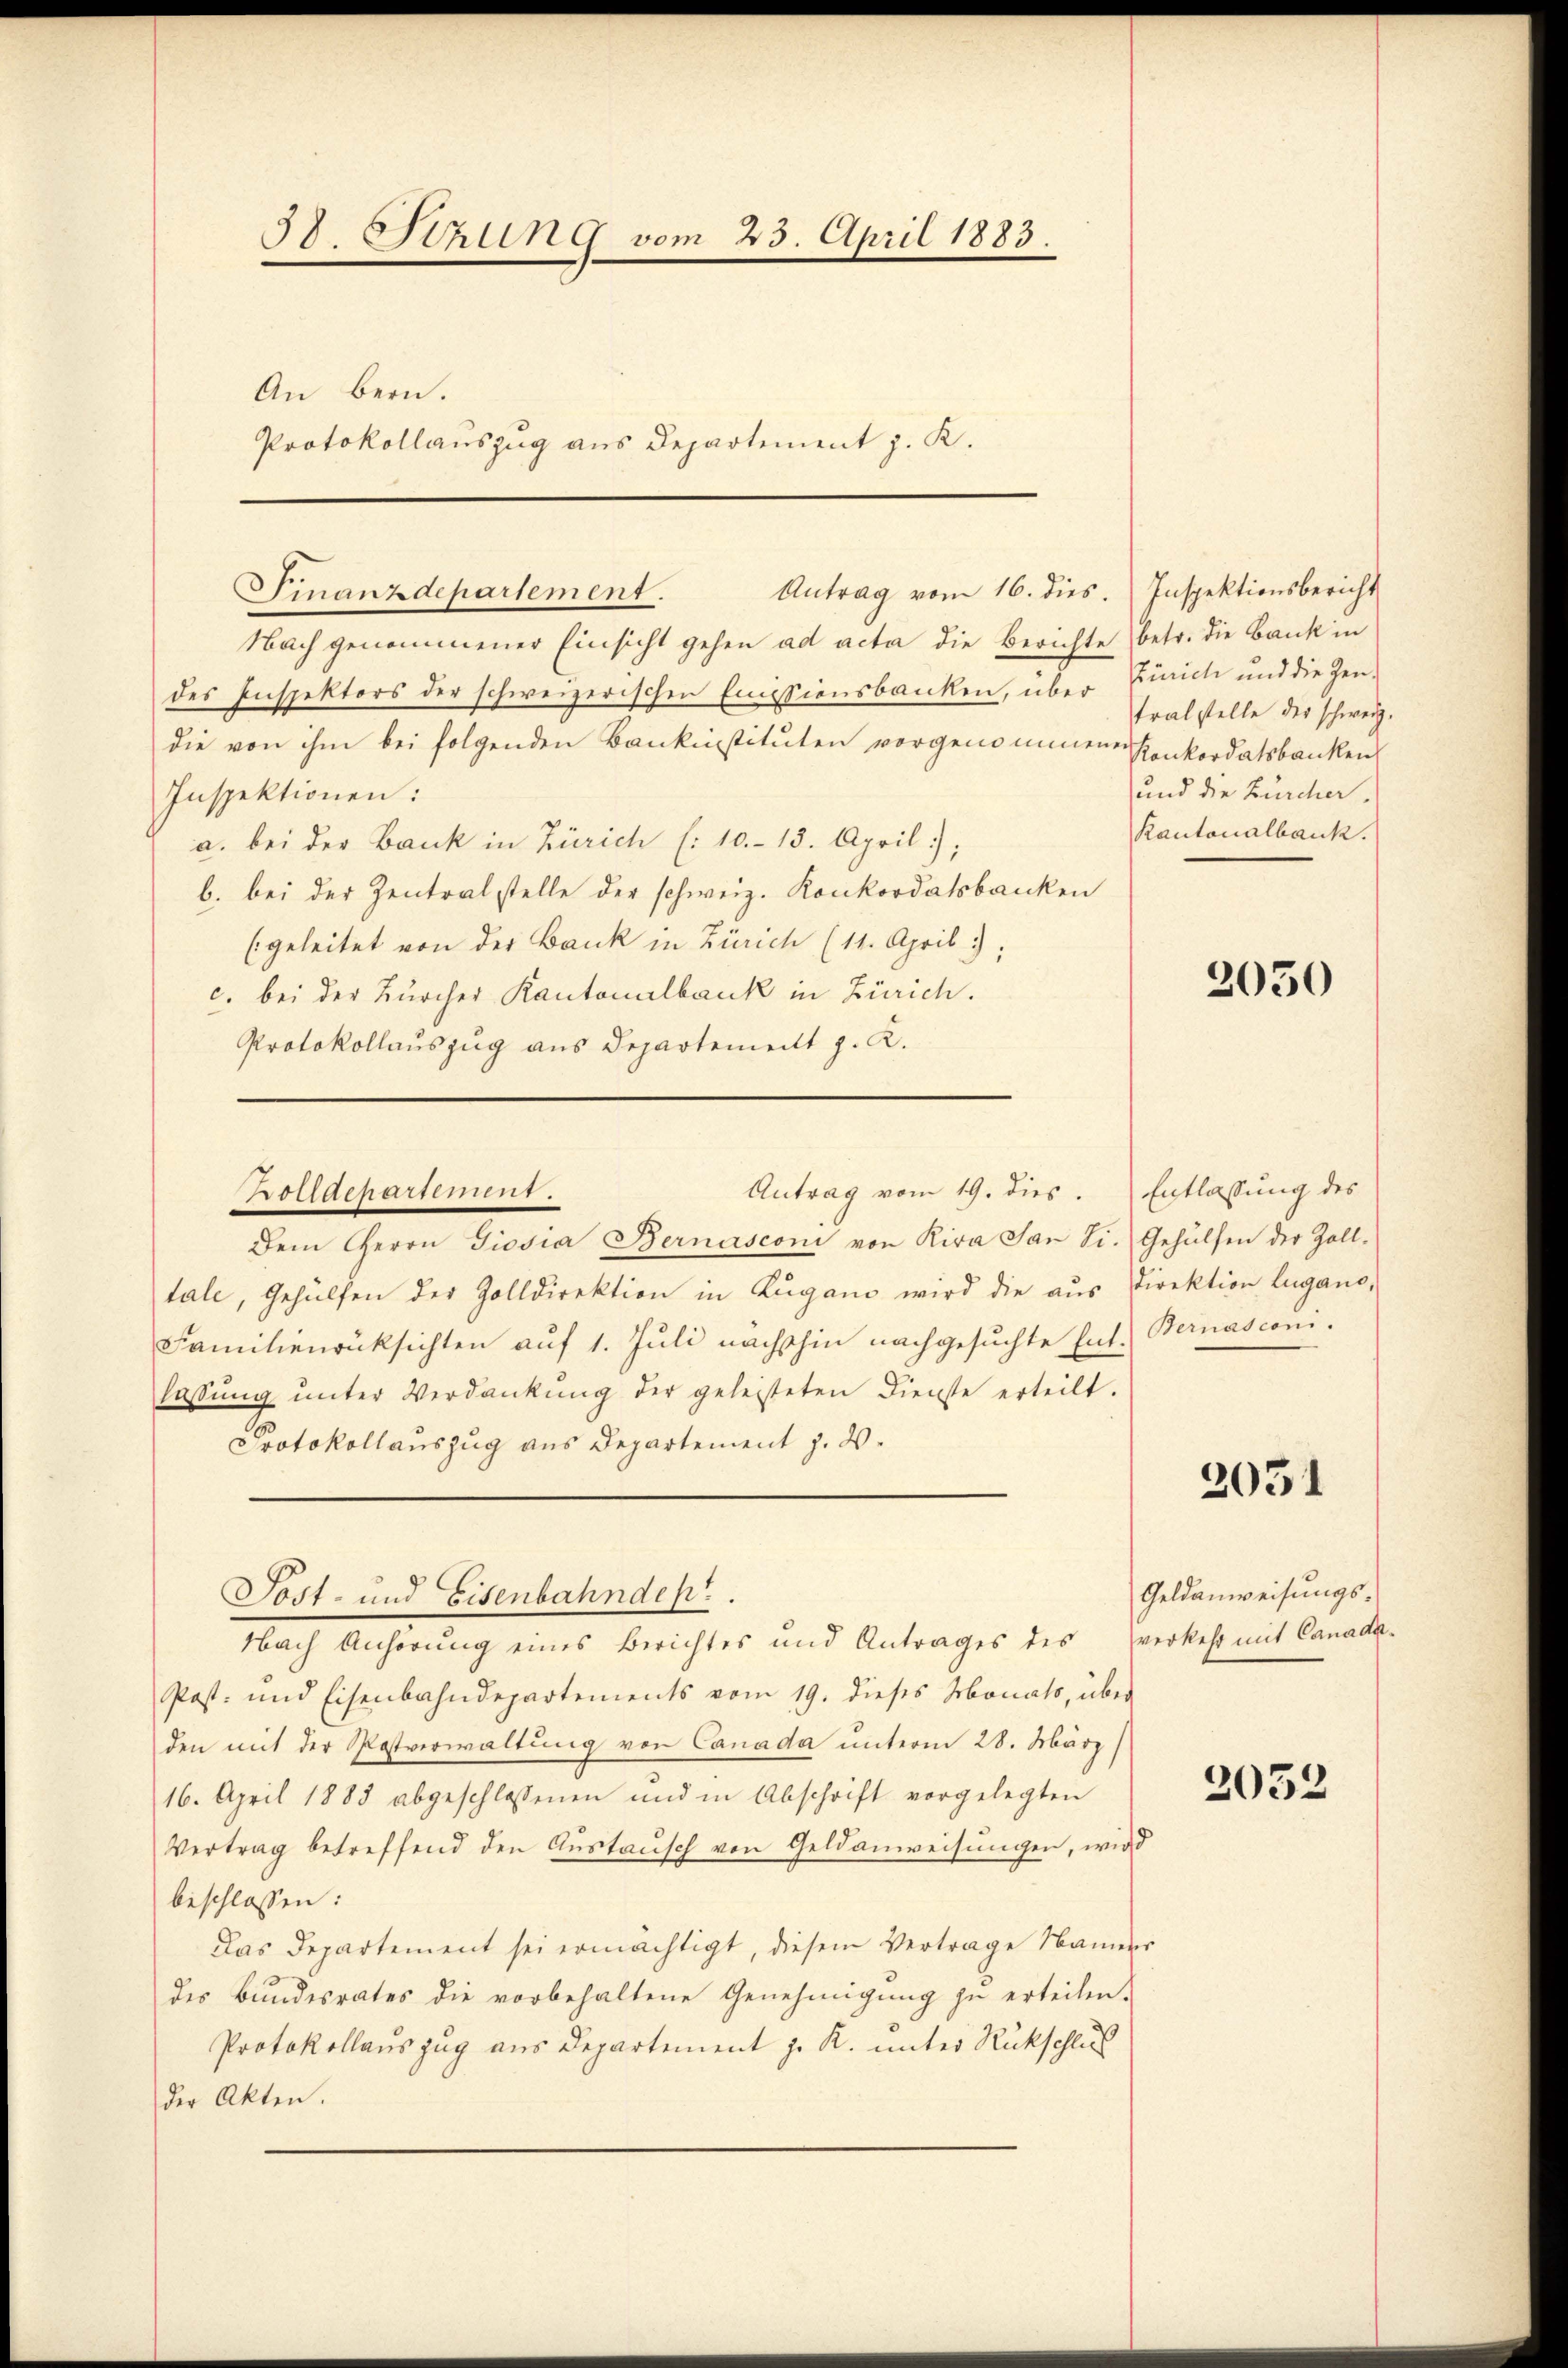
58. Stzung vom 23. April 1883.
An bern.
Protokollauszug aus Departement z. K.

Finanzdepartement.
Antrag vom 16. dies.

Nach genommener Einsicht gehen ad acta die Berichte betr. die Bank in
des Inspektors der schweizerischen Emissionsbanken, über
die von ihm bei folgenden Bankinstituten vorgenommenen
Inspektionen:
a. bei der Bank in Zürich (:10.- 15. April;
b. bei der Zentralstelle der schweiz. Konkordatsbanken
Egeleitet von der Bank in Zürich (11. April 1
c. bei der Bürcher Kantonalbank in Zürich.
Protokollauszug aus Departement J. K.
Antrag vom 19. dies.
Prossachertement.
Dem Herrn Giosia Bernasconi von Riva San Si. Gehülfen der Zoll-
tale, Gehülfen der Zolldirektion in Zugano wird die aŭs Direktion Lugano,
Familienrücksichten auf 1. Juli nächsthin nachgesuchte Ent. Bernasconi-
lassŭng ŭnter Verdankŭng der geleisteten Dienste erteilt.
Protokollauszug aus Departement z. B.

Sost- und Eisenbahndept.
Nach Anhörung eines Berichtes und Antrages des verkehr mit Canada¬

Post- und Eisenbahndepartements vom 19. dieses Monats, über
den mit der Postverwaltung von Canada unterm 28. März/
16. April 1883 abgeschlossenen und in Abschrift vorgelegten
Vertrag betreffend den Austausch von Geldanweisungen, wird
beschlossen:
Das Departement sei ermächtigt, diesem Vertrage Namerr
des Bundesrates die vorbehaltene Genehmigung zu erteilen.
Protokollauszug aus Departement z. R. unter Rückschluß
der Akten.

Inspektionsbericht
Zürich und die Jentralstelle der schweiz.
Konkordatsbanken
und die Zürcher,
Kantonalbank.

2050

Entlassung des

2051

Geldanweisungs-

2052